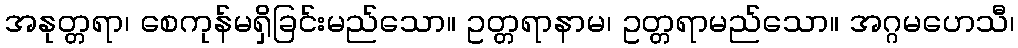
အနုတ္တရာ၊ စေကုန်မရှိခြင်းမည်သော။ ဥတ္တရာနာမ၊ ဥတ္တရာမည်သော။ အဂ္ဂမဟေသီ၊